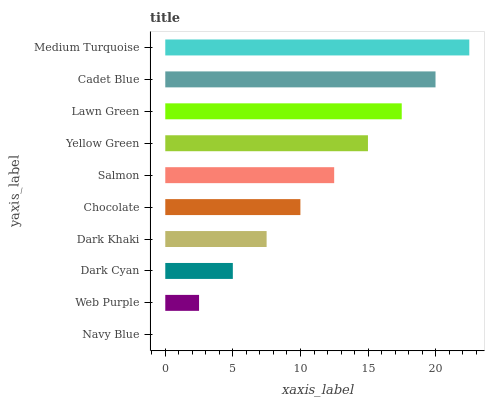
| yaxis_label | bars |
 | --- | --- |
 | Navy Blue | 0 |
 | Web Purple | 2.5 |
 | Dark Cyan | 5 |
 | Dark Khaki | 7.49 |
 | Chocolate | 9.99 |
 | Salmon | 12.5 |
 | Yellow Green | 15 |
 | Lawn Green | 17.5 |
 | Cadet Blue | 20 |
 | Medium Turquoise | 22.5 |